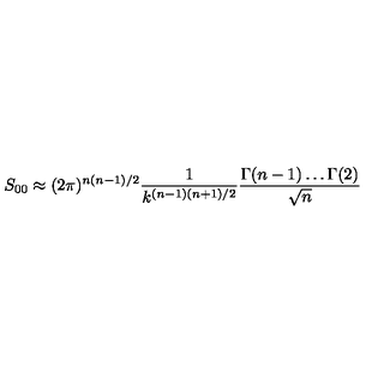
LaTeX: S _ { 0 0 } \approx ( 2 \pi ) ^ { n ( n - 1 ) / 2 } \frac { 1 } { k ^ { ( n - 1 ) ( n + 1 ) / 2 } } \frac { \Gamma ( n - 1 ) \ldots \Gamma ( 2 ) } { \sqrt { n } }